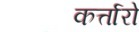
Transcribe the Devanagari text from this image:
कर्त्तारो